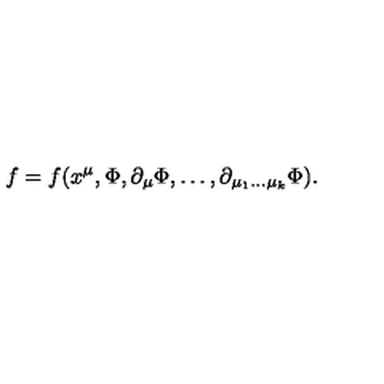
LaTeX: f = f ( x ^ { \mu } , \Phi , \partial _ { \mu } \Phi , \ldots , \partial _ { { \mu _ { 1 } } \ldots { \mu _ { k } } } \Phi ) .